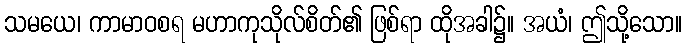
သမယေ၊ ကာမာဝစရ မဟာကုသိုလ်စိတ်၏ ဖြစ်ရာ ထိုအခါ၌။ အယံ၊ ဤသို့သော။